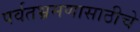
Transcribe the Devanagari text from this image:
पर्वतभ्रमणासाठीचे